Scottish Leaving Certificate Examination, 1951
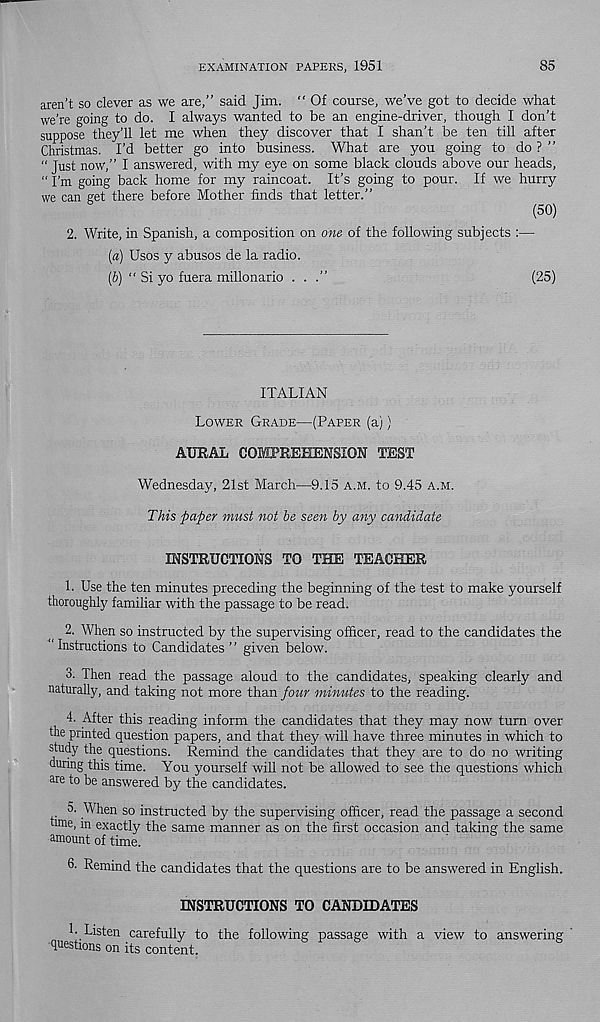
EXAMINATION PAPERS, 1951
85
aren’t so clever as we are,” said Jim. “ Of course, we’ve got to decide what
we're going to do. I always wanted to be an engine-driver, though I don’t
suppose they’ll let me when they discover that I shan’t be ten till after
Christmas. I’d better go into business. What are you going to do ? ”
" just now,” I answered, with my eye on some black clouds above our heads,
" I’m going back home for my raincoat. It’s going to pour. If we hurry
we can get there before Mother finds that letter.”
(50)
2. Write, in Spanish, a composition on one of the following subjects :—
[a) Usos y abuses de la radio.
[b) “ Si yo fuera millonario ...”
(25)
ITALIAN
Lower Grade—(Paper (a))
AURAL COMPREHENSION TEST
Wednesday, 21st March—9.15 a.m. to 9.45 a.m.
This paper imist not be seen by any candidate
INSTRUCTIONS TO THE TEACHER
1. Use the ten minutes preceding the beginning of the test to make yourself
thoroughly familiar with the passage to be read.
2. When so instructed by the supervising officer, read to the candidates the
"Instructions to Candidates ” given below.
3. Then read the passage aloud to the candidates, speaking clearly and
naturally, and taking not more than four minutes to the reading.
4. After this reading inform the candidates that they may now turn over
the printed question papers, and that they will have three minutes in which to
study the questions. Remind the candidates that they are to do no writing
during this time. You yourself will not be allowed to see the questions which
nre to be answered by the candidates.
5. When so instructed by the supervising officer, read the passage a second
tale, in exactly the same manner as on the first occasion and taking the same
amount of time.
6- Remind the candidates that the questions are to be answered in English.
INSTRUCTIONS TO CANDIDATES
1. Listen carefully to the following passage with a view to answering
questions on its content.